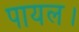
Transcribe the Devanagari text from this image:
पायल।